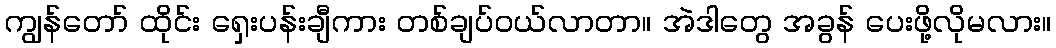
ကျွန်တော် ထိုင်း ရှေးပန်းချီကား တစ်ချပ်ဝယ်လာတာ။ အဲဒါတွေ အခွန် ပေးဖို့လိုမလား။